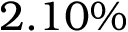
2 . 1 0 \%